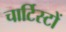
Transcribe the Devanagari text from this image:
चार्टिस्टों